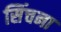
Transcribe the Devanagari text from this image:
सिंचना